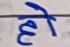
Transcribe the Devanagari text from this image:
हो